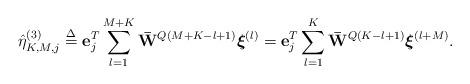
LaTeX: \begin{align*} \hat \eta _{K,M,j}^{(3)} \buildrel \Delta \over = {\bf{e}}_j^T\sum\limits_{l = 1}^{M+K} {{{{\bf{\bar W}}}^{Q\left( {M+ K - l + 1} \right)}}{{\boldsymbol{\xi }}^{(l)}}} = {\bf{e}}_j^T\sum\limits_{l = 1}^{K} {{{{\bf{\bar W}}}^{Q\left( {K - l + 1} \right)}}{{\boldsymbol{\xi }}^{(l+M)}}}.\end{align*}